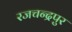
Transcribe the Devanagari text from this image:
रजचन्द्रपुर